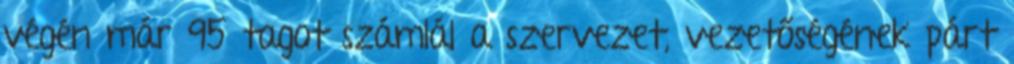
végén már 95 tagot számlál a szervezet, vezetőségének párt